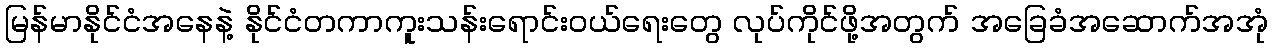
မြန်မာနိုင်ငံအနေနဲ့ နိုင်ငံတကာကူးသန်းရောင်းဝယ်ရေးတွေ လုပ်ကိုင်ဖို့အတွက် အခြေခံအဆောက်အအုံ